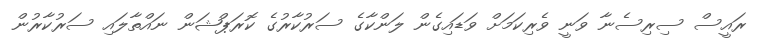
ރައީސް ސިރިސެނާ ވަނީ ވެރިކަމަށް ވަޑައިގެން ލަންކާގެ ސަރުކާރުގެ ކޮރަޕްޝަން ނައްތާލައި ސަރުކާރުން